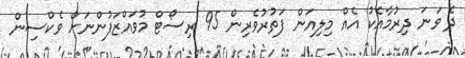
ދެ ވަނަ ދިރުމާއެކު އެއް މިލިއަން ފަތުރުވެރިން 95 ރިސޯޓް މުވައްޒަފުންނަށް ވެކްސިން